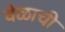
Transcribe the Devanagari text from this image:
वेळाची